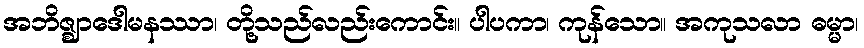
အဘိဇ္ဈာဒေါမနဿာ၊ တို့သည်လည်းကောင်း။ ပါပကာ၊ ကုန်သော။ အကုသလာ ဓမ္မာ၊